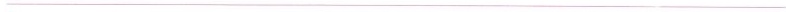
___